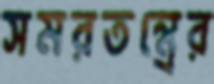
সমরতন্ত্রের